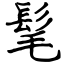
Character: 髦